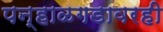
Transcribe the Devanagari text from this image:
पन्हाळगडावरही